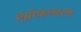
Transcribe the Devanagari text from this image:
ऍग्रीकल्चरल